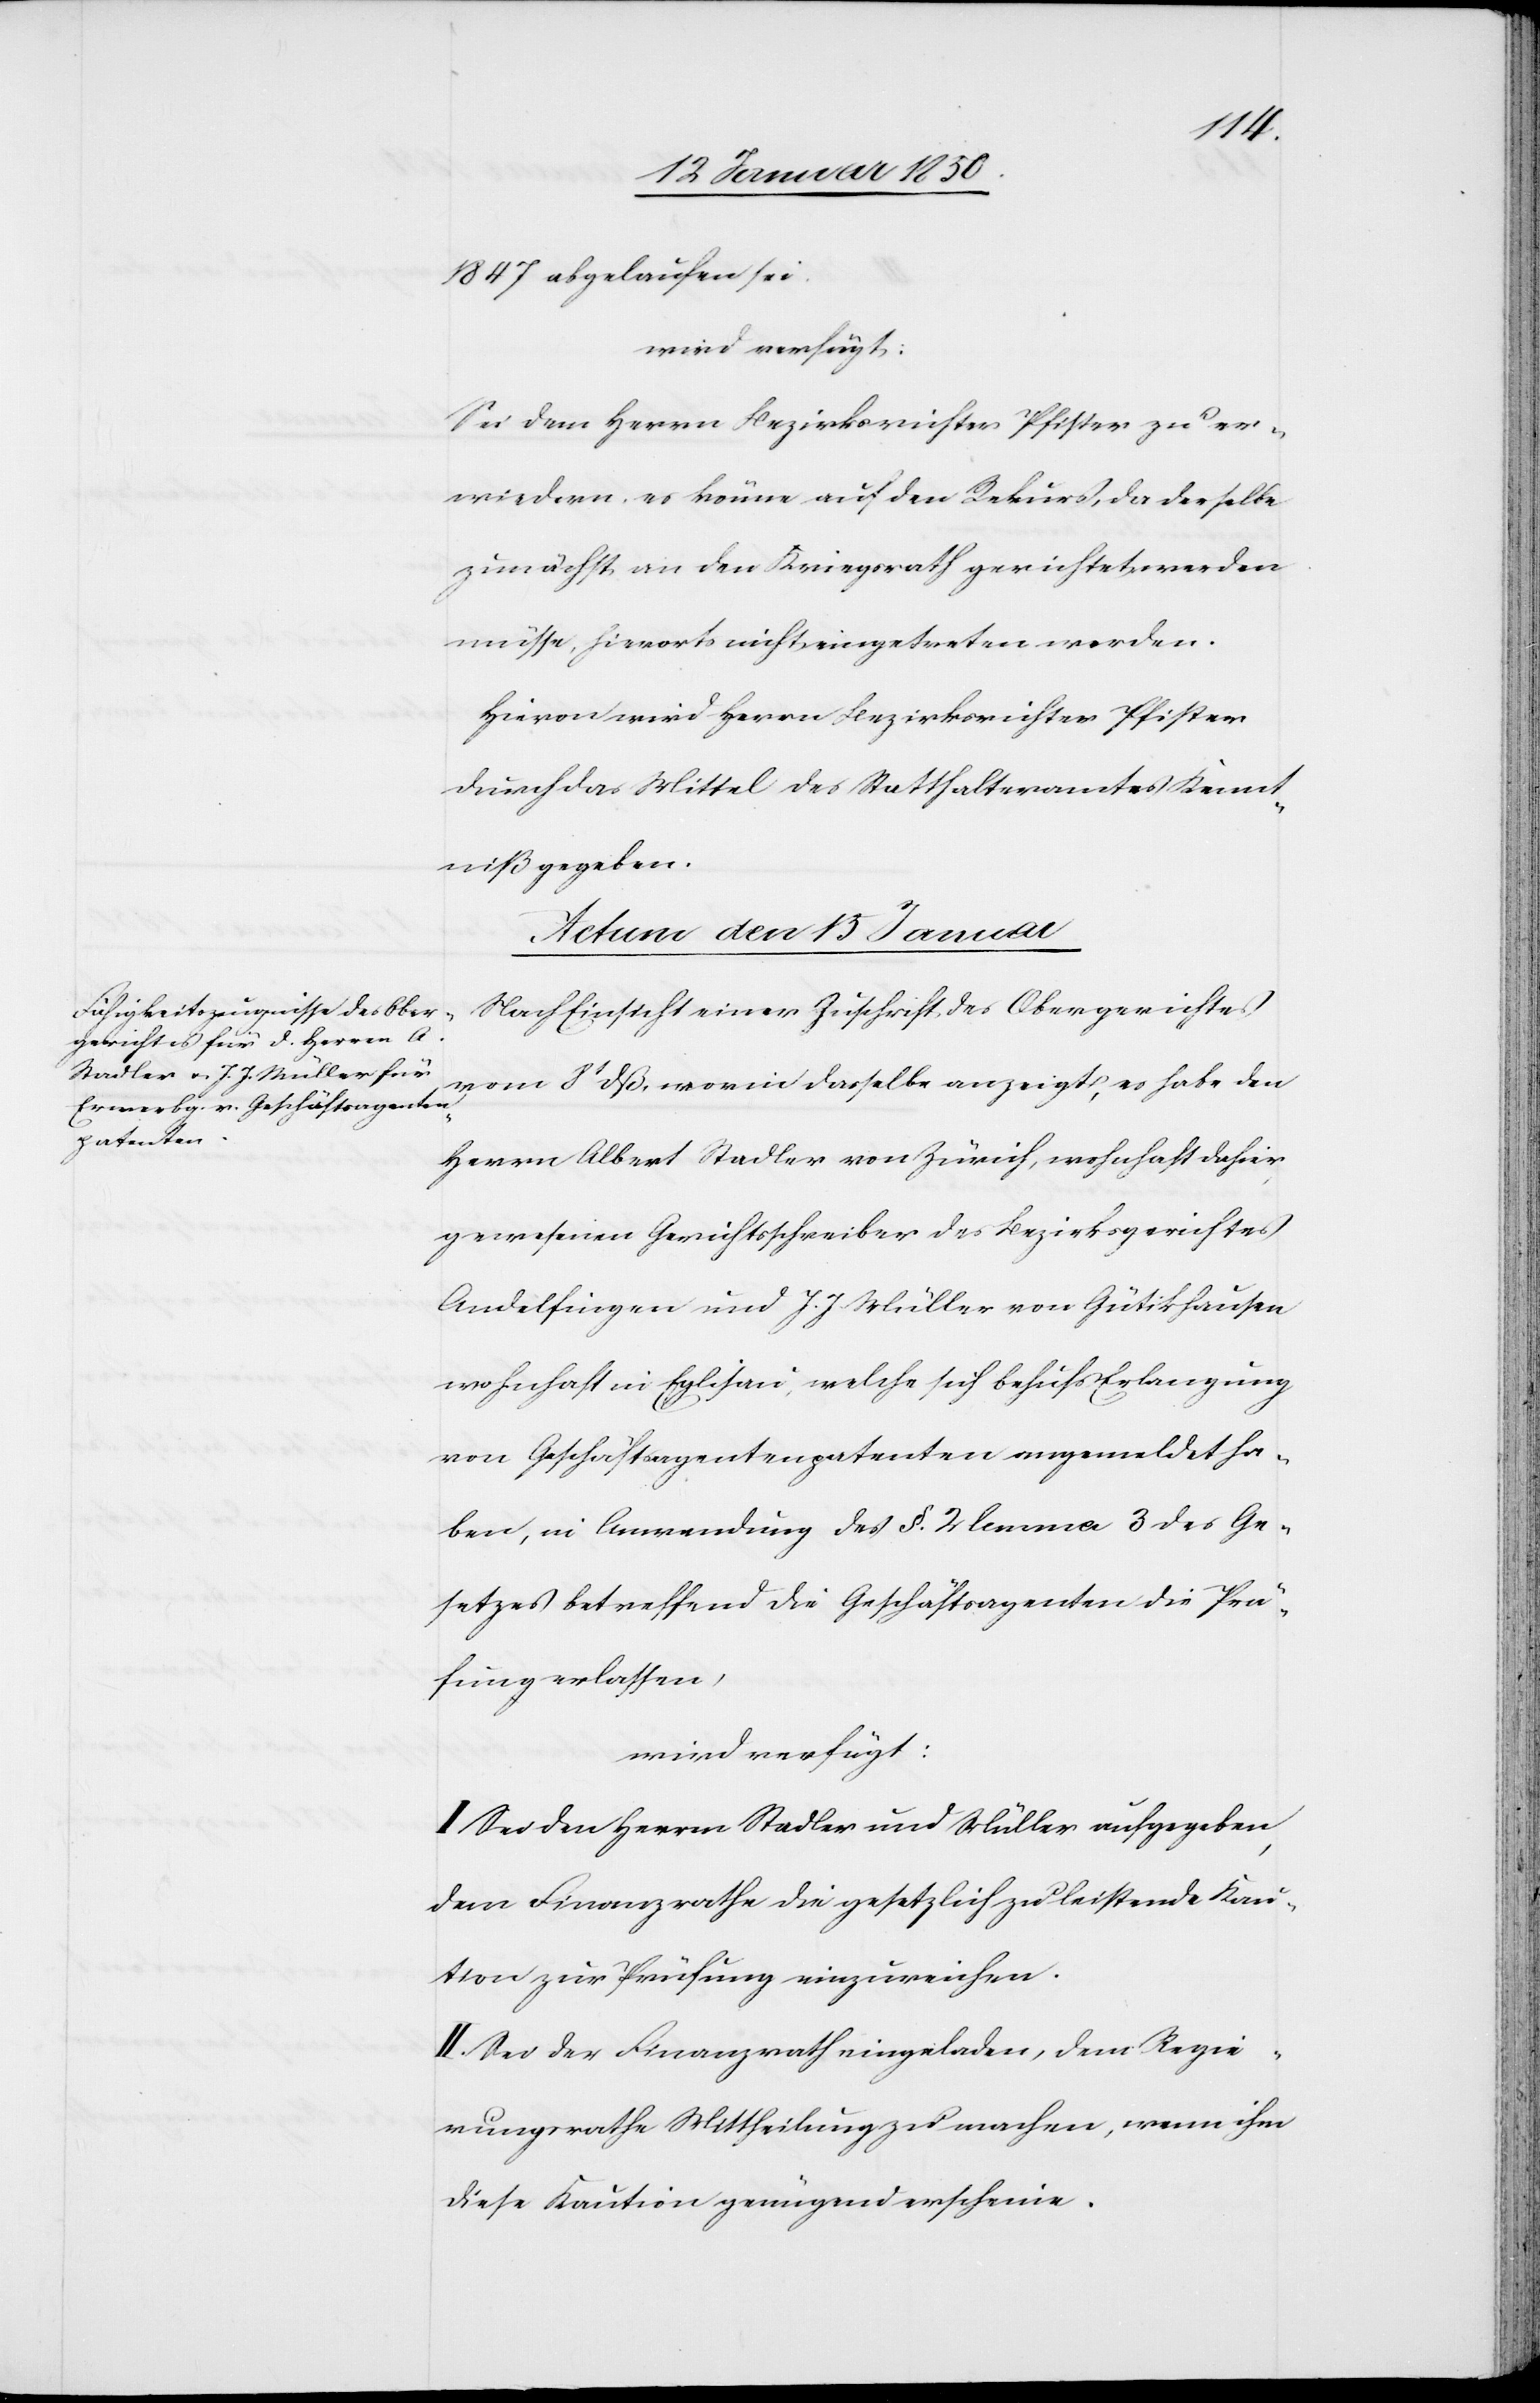
1847 abgelaufen sei.
Sei dem Herrn Bezirksrichter Pfister zu er¬
wiedern, es könne auf den Rekurs, da derselbe
zunächst an den Kriegsrath gerichtet werden
müsse, hierorts nicht eingetreten werden.
Hievon wird Herrn Bezirksrichter Pfister
durch das Mittel des Statthalteramtes Kennt¬
niß gegeben.
Actum den 15 Januar
Nach Einsicht einer Zuschrift des Obergerichtes
vom 8t dß, worin dasselbe anzeigt, es habe den
Herrn Albert Stadler von Zürich, wohnhaft dahier
gewesenen Gerichtsschreiber des Bezirksgerichtes
Andelfingen und J. J. Müller von Gütikhausen
wohnhaft in Eglisau, welche sich behufs Erlangung
von Geschäftsagentenpatenten angemeldet ha¬
ben, in Anwendung des §. 2 lemma 3 des Ge¬
setzes betreffend die Geschäftsagenten die Prü¬
fung erlassen,
wird verfügt:
I. Sei den Herren Stadler und Müller aufgegeben,
dem Finanzrathe die gesetzlich zu leistende Kau¬
tion zur Prüfung einzureichen.
II. Sei der Finanzrath eingeladen, dem Regie¬
rungsrathe Mittheilung zu machen, wenn ihm
diese Kaution genügend erscheine.